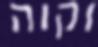
וקוה